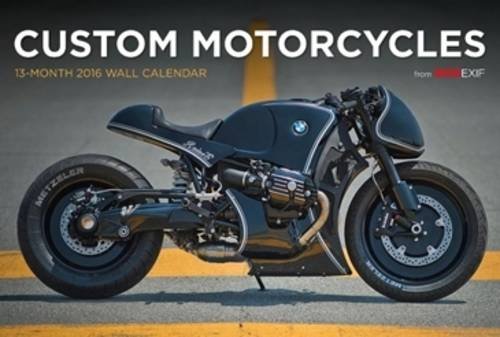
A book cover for Bike EXIF Custom Motorcycle Calendar 2016; Chris Hunter; Engineering & Transportation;